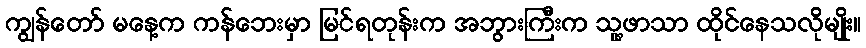
ကျွန်တော် မနေ့က ကန်ဘေးမှာ မြင်ရတုန်းက အဘွားကြီးက သူ့ဖာသာ ထိုင်နေသလိုမျိုး။